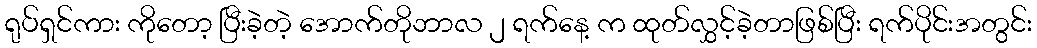
ရုပ်ရှင်ကား ကိုတော့ ပြီးခဲ့တဲ့ အောက်တိုဘာလ ၂ ရက်နေ့ က ထုတ်လွှင့်ခဲ့တာဖြစ်ပြီး ရက်ပိုင်းအတွင်း